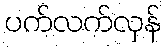
ပက်လက်လှန်